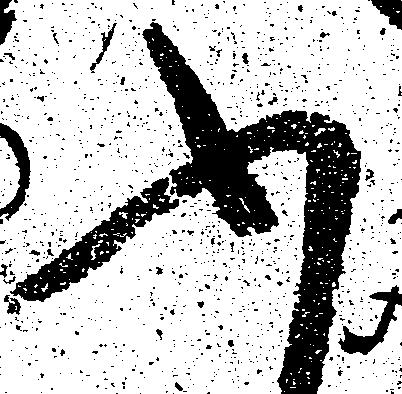
ふ